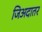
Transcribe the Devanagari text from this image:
जिअदातर